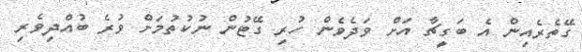
ގޭތެރެއިން އެ ބަގީޗާ އަށް ވަދެވެން ހުރި ގޭޓުން ނުކުތުމަށް ވުރެ ބުއްދިވެރި